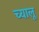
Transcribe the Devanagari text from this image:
च्यालू